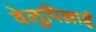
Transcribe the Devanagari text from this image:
वेलुपिल्लाई